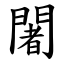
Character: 闍